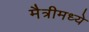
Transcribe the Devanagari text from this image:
मैत्रीमध्ये